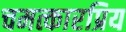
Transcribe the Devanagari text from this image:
चमत्कारप्रिय